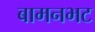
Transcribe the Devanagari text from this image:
बामनभट